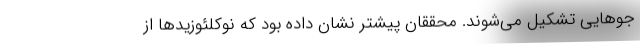
جوهایی تشکیل می‌شوند. محققان پیشتر نشان داده بود که نوکلئوزیدها از